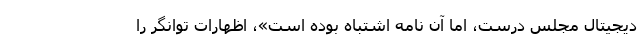
ديجيتال مجلس درست، اما آن نامه اشتباه بوده است»، اظهارات توانگر را